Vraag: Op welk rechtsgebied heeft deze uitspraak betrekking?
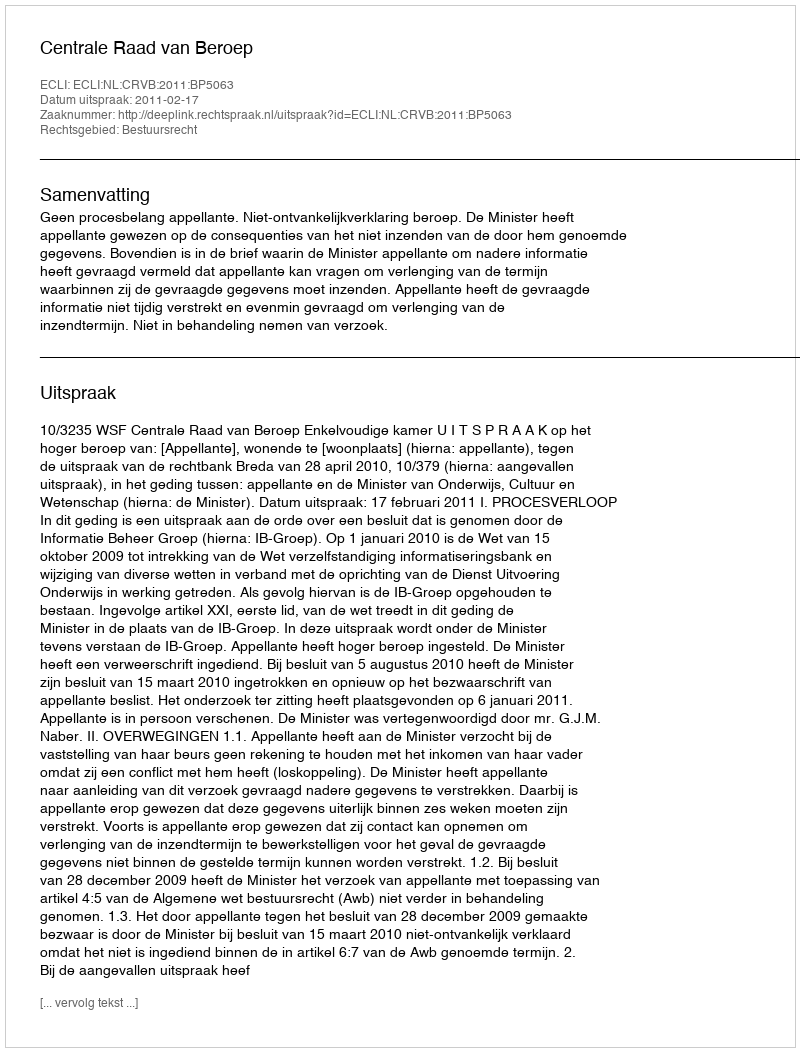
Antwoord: Bestuursrecht